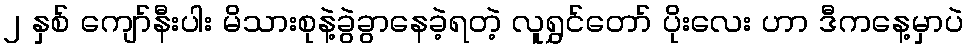
၂ နှစ် ကျော်နီးပါး မိသားစုနဲ့ခွဲခွာနေခဲ့ရတဲ့ လူရွှင်တော် ပိုးလေး ဟာ ဒီကနေ့မှာပဲ